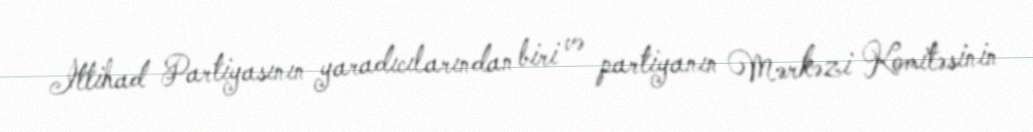
İttihad Partiyasının yaradıcılarından biri və partiyanın Mərkəzi Komitəsinin